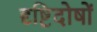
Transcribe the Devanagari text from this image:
दृष्टिदोषों